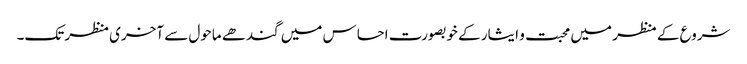
شروع کے منظر میں محبت و ایثار کے خوبصورت احساس میں گندھے ماحول سے آخری منظر تک۔